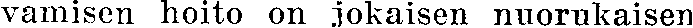
vamisen hoito on jokaisen nuorukaisen